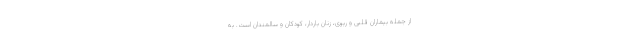
از جمله بیماران قلبی و ریوی، زنان باردار، کودکان و سالمندان است. به